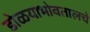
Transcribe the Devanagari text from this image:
डोळयाभोवतालचे